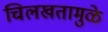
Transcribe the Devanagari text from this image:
चिलखतामुळे